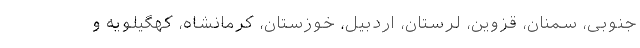
جنوبی، سمنان، قزوین، لرستان، اردبیل، خوزستان، کرمانشاه، کهگیلویه و